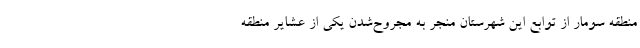
منطقه سومار از توابع این شهرستان منجر به مجروح‌شدن یکی از عشایر منطقه